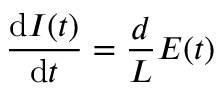
\frac { \mathrm { d } I ( t ) } { \mathrm { d } t } = \frac { d } { L } E ( t )